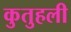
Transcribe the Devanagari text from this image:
कुतुहली